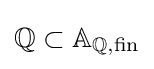
\mathbb {Q} \subset \mathbb {A} _{\mathbb {Q} ,{\text{fin}}}